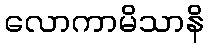
လောကာမိသာနိ